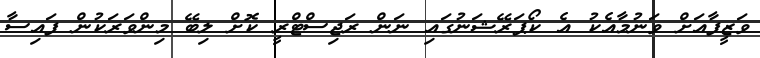
ވަޒީފާއަށް ވަނުމާއެކު އެ ކޯޕަރޭޝަނުގައި ނަން ރަޖިސްޓްރީ ކޮށް ލިބޭ މިންވަރަކުން ފައިސާ